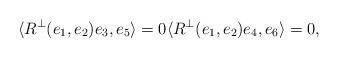
LaTeX: \begin{align*}\langle R^\perp(e_1,e_2)e_3,e_5\rangle=0 \langle R^\perp(e_1,e_2)e_4,e_6\rangle=0,\end{align*}